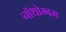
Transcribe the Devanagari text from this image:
नॉथोम्बम